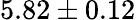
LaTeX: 5.82\pm 0.12